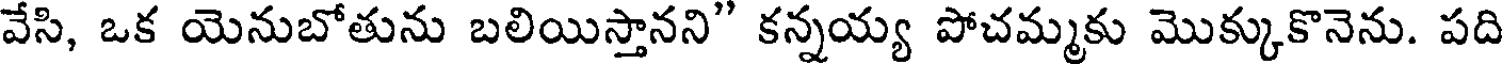
వేసి, ఒక యెనుబోతును బలియిస్తానని" కన్నయ్య పోచమ్మకు మొక్కుకొనెను. పది